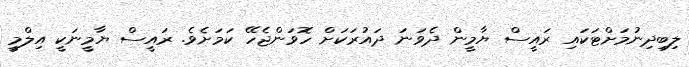
ލިބިދިނުމަށްޓަކައި ރައީސް ޔާމީން ދެވަނަ ދައުރަކަށް ހޮވަންޖެހޭ ކަމަށެވެ. ރައީސް ޔާމީނަކީ އިލްމީ